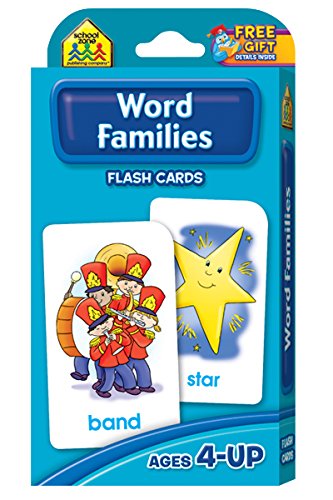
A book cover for Word Families Flash Cards; School Zone Publishing Company Staff; Children's Books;